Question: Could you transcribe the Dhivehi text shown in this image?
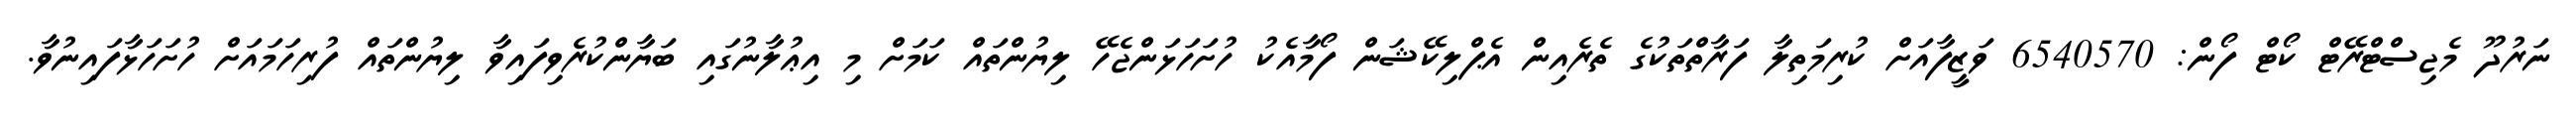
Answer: ނަރުދޫ މެޖިސްޓްރޭޓް ކޯޓް ފޯން: 6540570 ވަޒީފާއަށް ކުރިމަތިލާ ފަރާތްތަކުގެ ތެރެއިން އެޕްލިކޭޝަން ފޯމާއެކު ހުށަހަޅަންޖެހޭ ލިޔުންތައް ކަމަށް މި އިޢުލާނުގައި ބަޔާންކުރެވިފައިވާ ލިޔުންތައް ފުރިހަމައަށް ހުށަހަޅާފައިނުވާ.